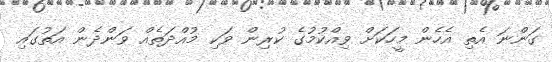
ގަންނަ އެތި އެހެން މީހަކަށް ވިއްކުމުގެ ކުރިން ވަކި މުއްދަތެއް ވަންދެން އަތުގައި